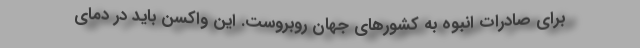
برای صادرات انبوه به کشورهای جهان روبروست. این واکسن باید در دمای